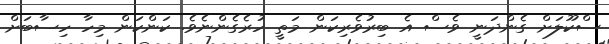
ސްކޫލަށް ގެންދަނީ ވެސް އެ ބިރުވެރިކަން މަތީ ހުރެގެންނެވެ. ކަންކަން މިހާ ހިސާބަށް